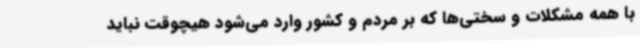
با همه مشکلات و سختی‌ها که بر مردم و کشور وارد می‌شود هیچوقت نباید